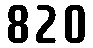
820